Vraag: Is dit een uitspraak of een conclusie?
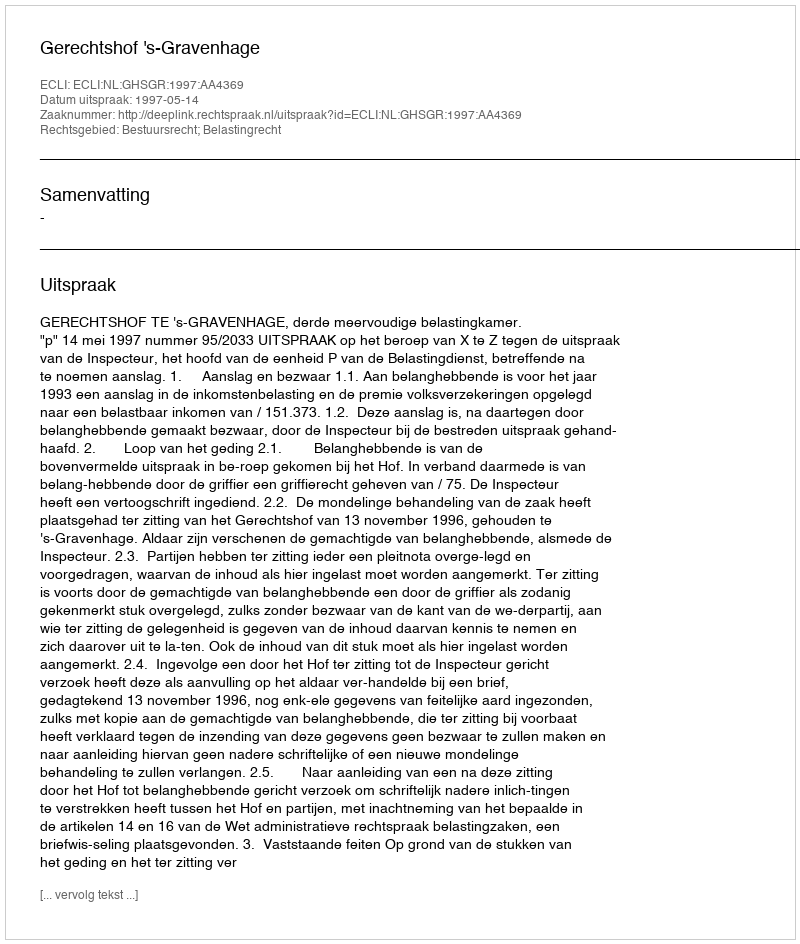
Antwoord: Uitspraak